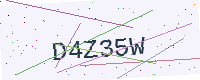
Text: D4Z35W